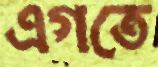
এগতে